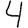
Digit: 4